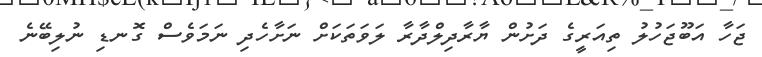
ޖަހާ އަބޫޖަހުލު ތިއަރީގެ ދަށުން ޔާރާދިލްދާރާ ލަވަތަަކަށް ނަށާހެދި ނަމަވެސް ގޮނޑި ނުލިބޭނެ